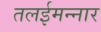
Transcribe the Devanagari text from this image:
तलईमन्नार